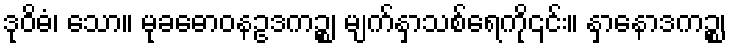
ဒုဝိဓံ၊ သော။ မုခဓောဝနဥဒကဉ္စ၊ မျက်နှာသစ်ရေကို၎င်း။ နှာနောဒကဉ္စ၊